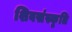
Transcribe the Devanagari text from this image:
शिवसंस्कृति